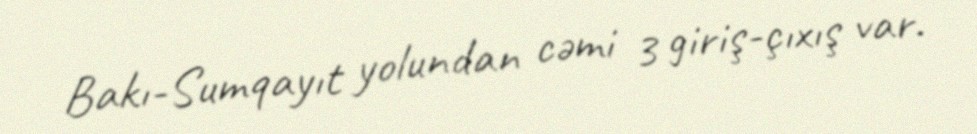
Bakı-Sumqayıt yolundan cəmi 3 giriş-çıxış var.